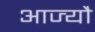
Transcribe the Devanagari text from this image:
आज्यौ